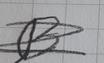
Signature authenticity: forged